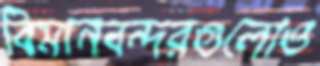
বিমানবন্দরগুলোও